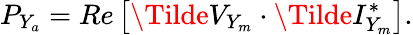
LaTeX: P_{Y_{a}}=Re\left[\Tilde{V}_{Y_{m}}\cdot\Tilde{I}_{Y_{m}}^{*}\right].